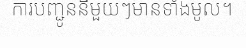
ការបញ្ជូននីមួយៗមានទាំងមូល។